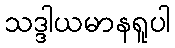
သဒ္ဒါယမာနရူပါ